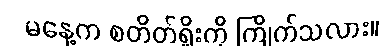
မနေ့က စတိတ်ရှိုးကို ကြိုက်သလား။